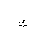
Letter: _kaf